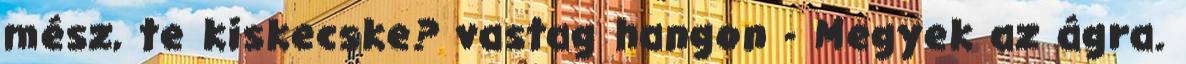
mész, te kiskecske? vastag hangon - Megyek az ágra.